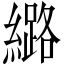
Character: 𫄉